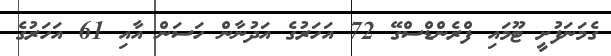
ގެމަނަފުށީ ޓޫމައި ފްރެންޑްސްގޭ 72 އަހަރުގެ އަދުނާން ހަސަން އާއި 61 އަހަރުގެ